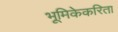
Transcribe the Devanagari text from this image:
भूमिकेकरिता